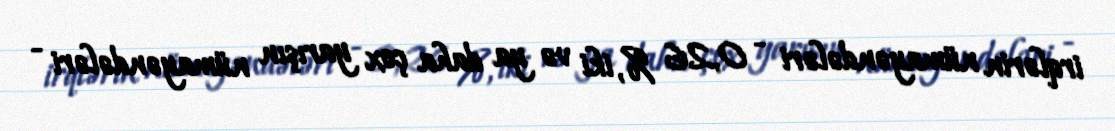
irqlərin nümayəndələri - 0,26 %, iki və ya daha çox yarışın nümayəndələri -